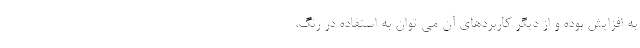
به افزایش بوده و از دیگر کاربردهای آن می توان به استفاده در رنگ،